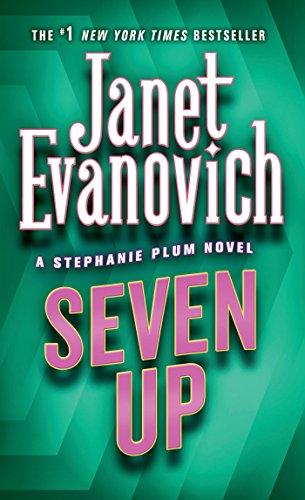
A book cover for Seven Up (Stephanie Plum, No. 7) (Stephanie Plum Novels); Janet Evanovich; Romance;